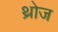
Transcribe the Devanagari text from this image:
थ्रोज